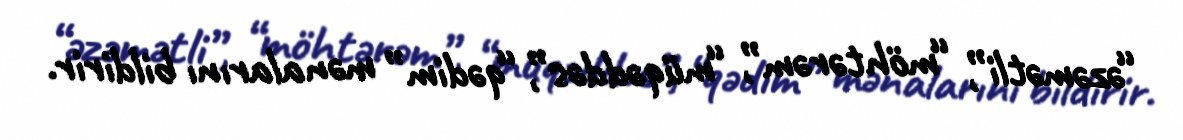
“əzəmətli”, “möhtərəm”, “müqəddəs”, “qədim” mənalarını bildirir.